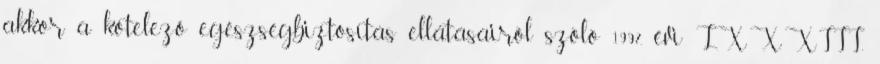
akkor a kötelező egészségbiztosítás ellátásairól szóló 1997. évi LXXXIII.